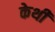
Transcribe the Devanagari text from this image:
केथी